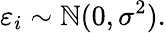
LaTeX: \varepsilon_{i}\sim\mathbb{N}(0,\sigma^{2}).